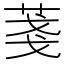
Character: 菚